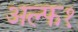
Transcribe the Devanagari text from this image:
अल्फ१